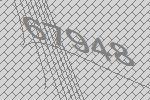
67948